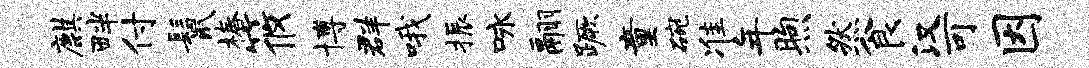
麒畔付鬣椿筱博群哦振咏翮蹶童碗准年煦然食汉可因